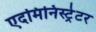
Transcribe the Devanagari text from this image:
एदमिनिस्ट्रेटर